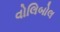
વોલિબોલ